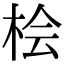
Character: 桧